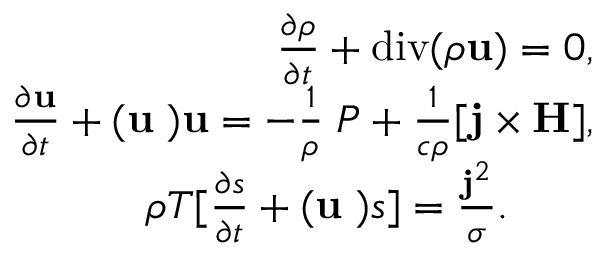
\begin{array} { r } { \frac { \partial \rho } { \partial t } + \mathrm { d i v } ( \rho { \bf u } ) = 0 , } \\ { \frac { \partial { \bf u } } { \partial t } + ( { \bf u \nabla ) u } = - \frac { 1 } { \rho } { \bf \nabla } P + \frac { 1 } { c \rho } [ { \bf { j \times H } } ] , } \\ { \rho T [ \frac { \partial { s } } { \partial t } + ( { \bf u \nabla ) } s ] = \frac { { \bf j } ^ { 2 } } { \sigma } . \qquad } \end{array}